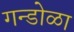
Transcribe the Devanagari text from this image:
गन्डोळा